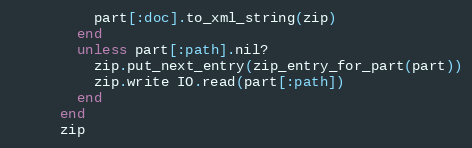
Language: Ruby
          part[:doc].to_xml_string(zip)
        end
        unless part[:path].nil?
          zip.put_next_entry(zip_entry_for_part(part))
          zip.write IO.read(part[:path])
        end
      end
      zip